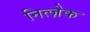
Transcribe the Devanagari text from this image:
नित्ज़ेक